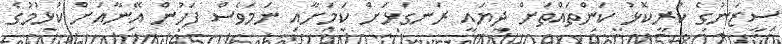
ސީޒަނުގެ ކުރީކޮޅު ކަންތައްތަށް ދިޔައީ ރަނގަޅަށް ކަމަށާއި ނަމަވެސް ފަހުން އޭނާއަށް ކުޅުމުގެ